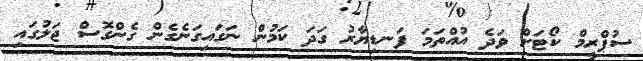
ސުޕްރީމް ކޯޓަށް ވަދެ އުއްތަމަ ފަނޑިޔާރު ގަދަ ކަމުން ނަގައިގަނެގެން ގެންގޮސް ޖަލުގައި